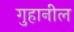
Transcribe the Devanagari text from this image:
गुहानील